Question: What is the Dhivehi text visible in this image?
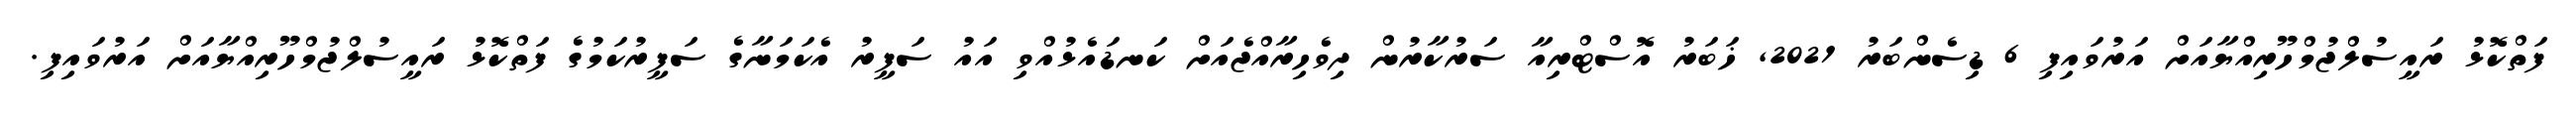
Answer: ފަތްކޮޅު ރައީސުލްޖުމްހޫރިއްޔާއަށް އަރުވައިފި 6 ޑިސެންބަރު 2021, ޚަބަރު އޮސްޓްރިއާ ސަރުކާރުން ދިވެހިރާއްޖެއަށް ކަނޑައެޅުއްވި އައު ސަފީރު އެކަމަނާގެ ސަފީރުކަމުގެ ފަތްކޮޅު ރައީސުލްޖުމްހޫރިއްޔާއަށް އަރުވައިފި.